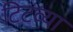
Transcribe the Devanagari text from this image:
टिटव्या